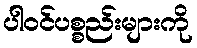
ပါဝင်ပစ္စည်းများကို